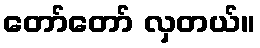
တော်တော် လှတယ်။